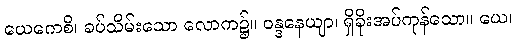
ယေကေစိ၊ ခပ်သိမ်းသော လောက၌။ ဝန္ဒနေယျာ၊ ရှိခိုးအပ်ကုန်သော။ ယေ၊